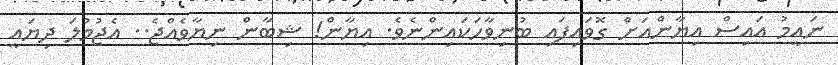
ނައީމު އައިސް އިޔާންއަށް ގޮވައިފައި ބުނިވާހަކައިންނެވެ. އިޔާން! ޝިބާން ނިޔާވެއްޖެ.. އެޖުމުލަ ދިޔައީ